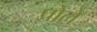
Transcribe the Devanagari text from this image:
प्रोले